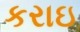
કરાઇ